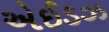
એઈડઝ